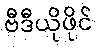
ဗီဒီယိုဖိုင်